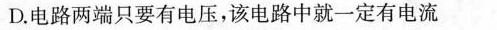
D.电路两端只要有电压，该电路中就一定有电流